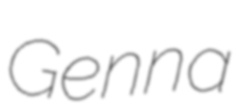
Genna